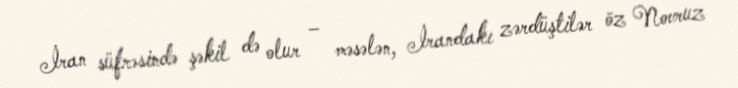
İran süfrəsində şəkil də olur – məsələn, İrandakı zərdüştilər öz Novruz